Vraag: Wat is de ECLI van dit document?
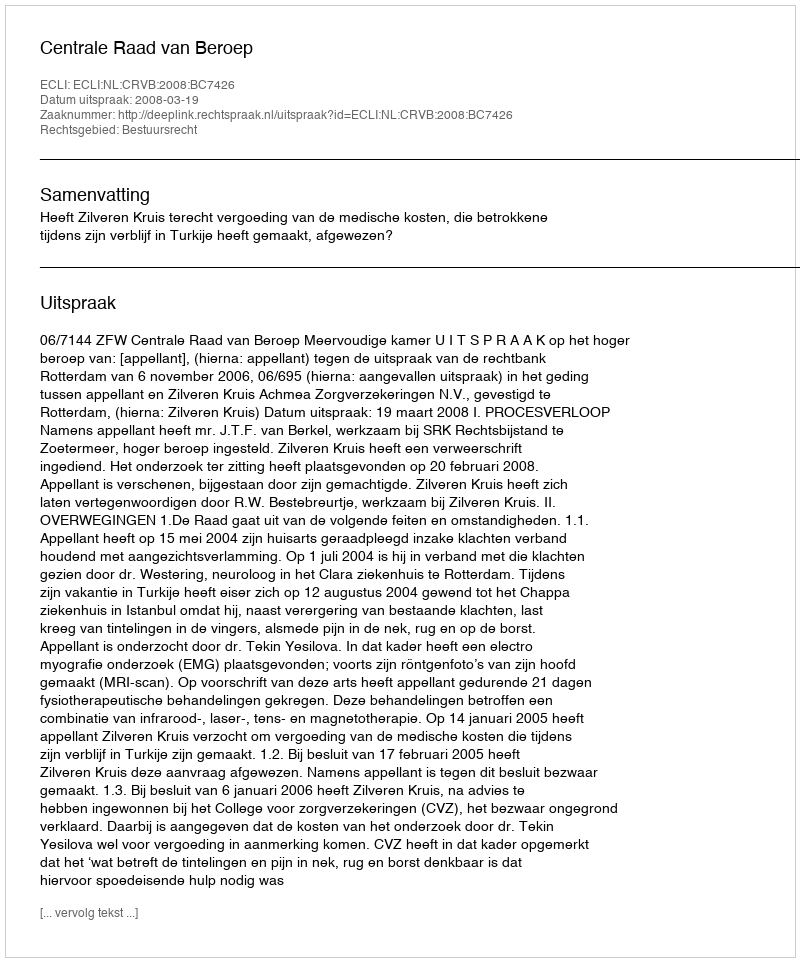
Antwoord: ECLI:NL:CRVB:2008:BC7426